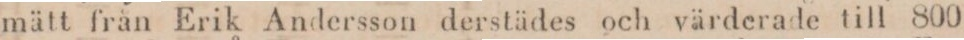
mätt från Erik Andersson derstädes och värderade till 800